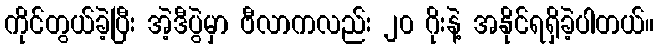
ကိုင်တွယ်ခဲ့ပြီး အဲ့ဒီပွဲမှာ ဗီလာကလည်း ၂၀ ဂိုးနဲ့ အနိုင်ရရှိခဲ့ပါတယ်။